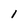
Character: l